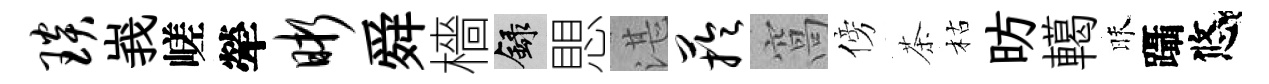
琰峩嵯犖晰舜檣録愳湛芋窩傍茶枯昉轕昧躡悠